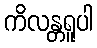
ကိလန္တရူပါ